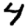
Digit: 4